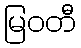
မြဝတီ